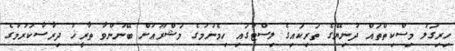
ހިރިގަލު މިސްކިތްތައް ދުނިޔޭގެ ތަރިކައިގެ ލިސްޓުގައި ހިމެނުމުގެ މަޝްރޫޢަށް ބޭނުންވާ ތާރީޚު ދިރާސާކުރުމުގެ